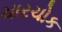
ચારચોક